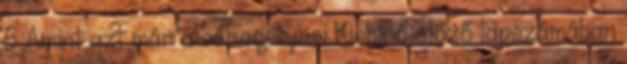
5 Amint azt már a seregélyesi Kisbíró előző lapszámában